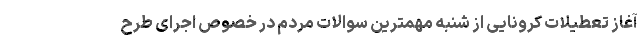
آغاز تعطیلات کرونایی از شنبه مهمترین سوالات مردم در خصوص اجرای طرح